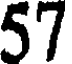
57